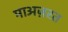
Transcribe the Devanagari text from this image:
माअज़रत